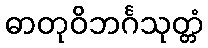
ဓာတုဝိဘင်္ဂသုတ္တံ